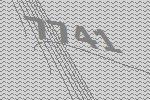
7741